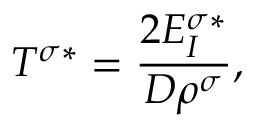
T ^ { \sigma * } = \frac { 2 E _ { I } ^ { \sigma * } } { D \rho ^ { \sigma } } ,